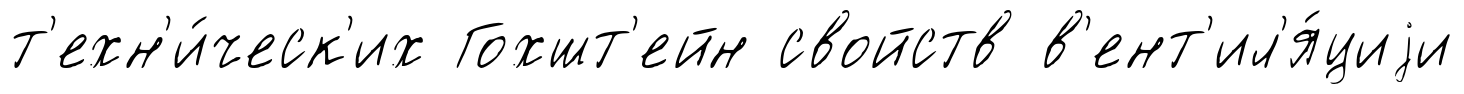
т'ехн'и́ческ'их Гохшт'ейн свойств в'ент'ил'я́циjи